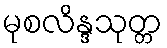
မုစလိန္ဒသုတ္တ